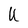
Character: U